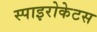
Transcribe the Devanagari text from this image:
स्पाइरोकेटस